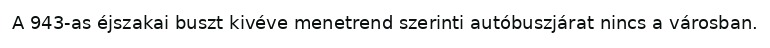
A 943-as éjszakai buszt kivéve menetrend szerinti autóbuszjárat nincs a városban.